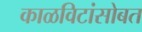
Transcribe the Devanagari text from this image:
काळविटांसोबत